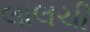
લાલચી